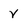
Character: V